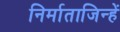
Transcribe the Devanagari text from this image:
निर्माताजिन्हें